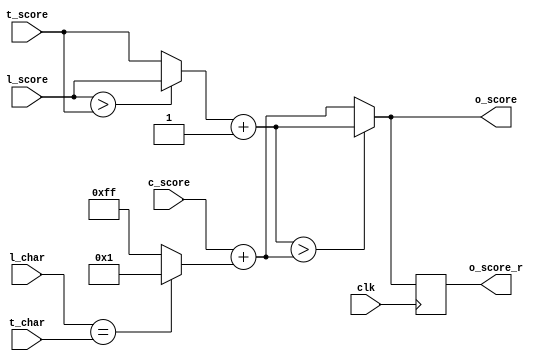
module Cell #(
	// Character width in bits
	parameter C_WIDTH = 2,
	// Score width in bits
	parameter S_WIDTH = 8
) (
	// Clock
	input wire clk,
	
	// Left inputs
	input wire [C_WIDTH-1:0] l_char,
	input wire signed [S_WIDTH-1:0] l_score,
	
	// Top inputs
	input wire [C_WIDTH-1:0] t_char,
	input wire signed [S_WIDTH-1:0] t_score,
	
	// Corner input
	input wire signed [S_WIDTH-1:0] c_score,
	
	// Output
	output wire signed [S_WIDTH-1:0] o_score,
	output reg  signed [S_WIDTH-1:0] o_score_r
);
// Score values
localparam signed [S_WIDTH-1:0] S_MATCH = 1;
localparam signed [S_WIDTH-1:0] S_MISMATCH = -1;
localparam signed [S_WIDTH-1:0] S_INDEL = -1;

// Temporary scores
wire signed [S_WIDTH-1:0] lt_max = (l_score > t_score) ? l_score : t_score;
wire signed [S_WIDTH-1:0] lt_next = lt_max + S_INDEL;
wire signed [S_WIDTH-1:0] c_next = c_score + (l_char == t_char ? S_MATCH : S_MISMATCH);
assign o_score = (lt_next > c_next) ? lt_next : c_next;

// Register output score
always @(posedge clk) begin
	o_score_r <= o_score;
end

endmodule


module StaticShiftReg #(
	parameter LENGTH = 1,
	parameter WIDTH = 2
) (
	// Clock and reset
	input wire clk,
	input wire rst,
	
	// Interface
	input  wire [WIDTH-1:0] din,
	output wire [WIDTH-1:0] dout
);

//(* shreg_extract = "yes" *)
reg [WIDTH-1:0] data [LENGTH-1:0];

assign dout = data[0];

integer i;
always @(posedge clk) begin
	for (i = 0; i < (LENGTH-1); i = i + 1) begin
		data[i] <= data[i+1];
	end
	data[LENGTH-1] <= din;
	
	if (rst) begin
		for (i = 0; i < LENGTH; i = i + 1) begin
			data[i] <= 0;
		end
	end
end

endmodule


module Grid #(
	// String length in characters
	parameter S_LEN = 64,
	// Character width in bits
	parameter C_WIDTH = 2,
	// Score width in bits
	parameter S_WIDTH = 8
) (
	// Clock and reset
	input wire clk,
	input wire rst,
	
	// Inputs
	input wire valid_in,
	input wire [S_LEN*C_WIDTH-1:0] t_str,
	input wire [S_LEN*C_WIDTH-1:0] l_str,
	
	// Outputs
	output wire valid_out,
	output wire signed [S_WIDTH-1:0] score
);

genvar r, c;
generate
for (r = 0; r < S_LEN; r = r + 1) begin: ROW
	for (c = 0; c < S_LEN; c = c + 1) begin: COL
		localparam S_W = $clog2(r+c+2)+1;
		
		wire [C_WIDTH-1:0] t_char;
		wire [C_WIDTH-1:0] l_char;
		
		wire signed [S_W-1:0] t_score;
		wire signed [S_W-1:0] l_score;
		wire signed [S_W-1:0] c_score;
		wire signed [S_W-1:0] o_score;
		wire signed [S_W-1:0] o_score_r;
		
		if (r == 0) begin
			StaticShiftReg #(
				.LENGTH(c/2+1),
				.WIDTH(C_WIDTH)
			) t_ssr (
				.clk(clk),
				.rst(1'b0),
				.din(t_str[c*C_WIDTH+:C_WIDTH]),
				.dout(t_char)
			);
			assign t_score = -1-c;
		end else if ((r+c) % 2 == 1) begin
			assign t_char  = ROW[r-1].COL[c].t_char;
			assign t_score = ROW[r-1].COL[c].o_score;
		end else begin
			reg [C_WIDTH-1:0] t_char_reg;
			always @(posedge clk) begin
				t_char_reg <= ROW[r-1].COL[c].t_char;
			end
			assign t_char = t_char_reg;
			assign t_score = ROW[r-1].COL[c].o_score_r;
		end
		
		if (c == 0) begin
			StaticShiftReg #(
				.LENGTH(r/2+1),
				.WIDTH(C_WIDTH)
			) l_ssr (
				.clk(clk),
				.rst(1'b0),
				.din(l_str[r*C_WIDTH+:C_WIDTH]),
				.dout(l_char)
			);
			assign l_score = -1-r;
		end else if ((r+c) % 2 == 1) begin
			assign l_char  = ROW[r].COL[c-1].l_char;
			assign l_score = ROW[r].COL[c-1].o_score;
		end else begin
			reg [C_WIDTH-1:0] l_char_reg;
			always @(posedge clk) begin
				l_char_reg <= ROW[r].COL[c-1].l_char;
			end
			assign l_char = l_char_reg;
			assign l_score = ROW[r].COL[c-1].o_score_r;
		end
		
		if (r == 0 || c == 0) begin
			assign c_score = 0-c-r;
		end else begin
			assign c_score = ROW[r-1].COL[c-1].o_score_r;
		end
		
		Cell #(
			.C_WIDTH(C_WIDTH),
			.S_WIDTH(S_W)
		) cl (
			.clk(clk),
			.l_char(l_char),
			.l_score(l_score),
			.t_char(t_char),
			.t_score(t_score),
			.c_score(c_score),
			.o_score(o_score),
			.o_score_r(o_score_r)
		);
	end
end
endgenerate

StaticShiftReg #(
	.LENGTH(S_LEN),
	.WIDTH(1)
) valid_ssr (
	.clk(clk),
	.rst(rst),
	.din(valid_in),
	.dout(valid_out)
);

assign score = ROW[S_LEN-1].COL[S_LEN-1].o_score;

endmodule